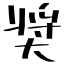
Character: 奨